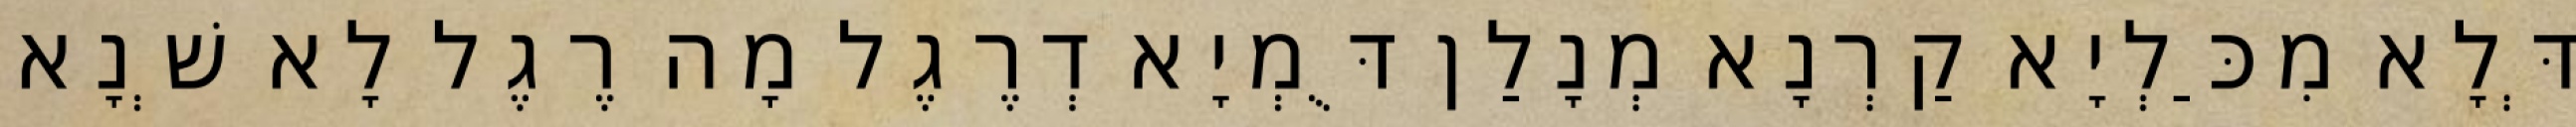
דְּלָא מִכַּלְיָא קַרְנָא מְנָלַן דֻּמְיָא דְרֶגֶל מָה רֶגֶל לָא שְׁנָא